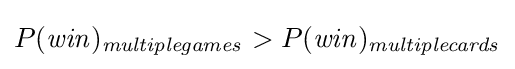
P({\mathit {win}})_{\mathit {multiplegames}}>P({\mathit {win}})_{\mathit {multiplecards}}